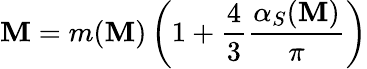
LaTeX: \mathbf{M}=m(\mathbf{M})\left(1+\frac{{4}}{{3}}\frac{{\alpha_{S}(\mathbf{M})}}{{\pi}}\right)